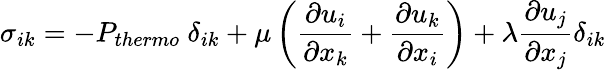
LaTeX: \sigma_{ik}=-P_{thermo}~\delta_{ik}+\mu\displaystyle\left(\frac{\partial u_{i}}{\partial x_{k}}+\frac{\partial u_{k}}{\partial x_{i}}\right)+\lambda\frac{\partial u_{j}}{\partial x_{j}}\delta_{ik}